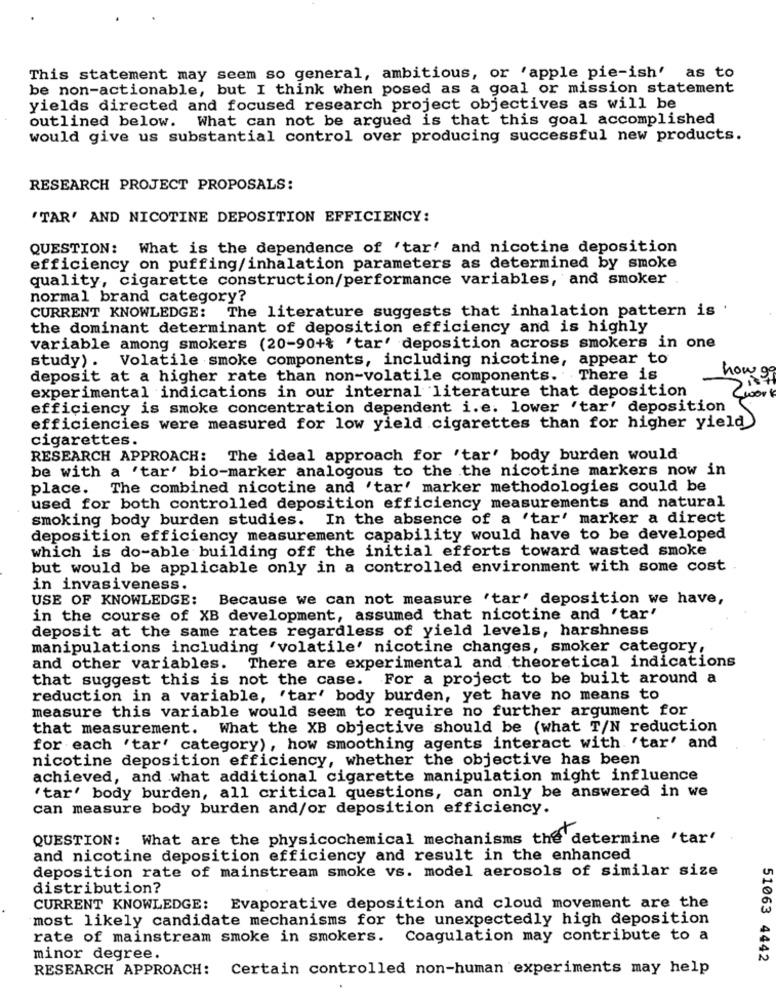
This statement may seem so general, ambitious, or 'apple pie-ish' as to
be non-actionable, but I think when posed as a goal or mission statement
yields directed and focused research project objectives as will be
outlined below. What can not be argued is that this goal accomplished
would give us substantial control over producing successful new products.
RESEARCH PROJECT PROPOSALS:
'TAR' AND NICOTINE DEPOSITION EFFICIENCY:
QUESTION: What is the dependence of 'tar' and nicotine deposition
efficiency on puffing/inhalation parameters as determined by smoke
quality, cigarette construction/performance variables, and smoker .
normal brand category?
CURRENT KNOWLEDGE: The literature suggests that inhalation pattern is .
the dominant determinant of deposition efficiency and is highly
variable among smokers (20-90+% 'tar' deposition across smokers in one
study). Volatile smoke components, including nicotine, appear to
deposit at a higher rate than non-volatile components. There is
how 99
experimental indications in our internal literature that deposition
wort
efficiency is smoke concentration dependent i.e. lower 'tar' deposition
efficiencies were measured for low yield cigarettes than for higher yield
cigarettes.
RESEARCH APPROACH: The ideal approach for 'tar' body burden would
be with a 'tar' bio-marker analogous to the the nicotine markers now in
place. The combined nicotine and 'tar' marker methodologies could be
used for both controlled deposition efficiency measurements and natural
smoking body burden studies. In the absence of a 'tar' marker a direct
deposition efficiency measurement capability would have to be developed
which is do-able building off the initial efforts toward wasted smoke
but would be applicable only in a controlled environment with some cost
in invasiveness.
USE OF KNOWLEDGE:
Because we can not measure 'tar' deposition we have,
in the course of XB development, assumed that nicotine and 'tar'
deposit at the same rates regardless of yield levels, harshness
manipulations including "volatile' nicotine changes, smoker category,
and other variables. There are experimental and theoretical indications
that suggest this is not the case. For a project to be built around a
reduction in a variable, 'tar' body burden, yet have no means to
measure this variable would seem to require no further argument for
that measurement. What the XB objective should be (what T/N reduction
for each 'tar' category), how smoothing agents interact with 'tar' and
nicotine deposition efficiency, whether the objective has been
achieved, and what additional cigarette manipulation might influence
'tar' body burden, all critical questions, can only be answered in we
can measure body burden and/or deposition efficiency.
QUESTION: What are the physicochemical mechanisms the determine 'tar'
and nicotine deposition efficiency and result in the enhanced
deposition rate of mainstream smoke vs. model aerosols of similar size
distribution?
CURRENT KNOWLEDGE: Evaporative deposition and cloud movement are the
most likely candidate mechanisms for the unexpectedly high deposition
rate of mainstream smoke in smokers.
Coagulation may contribute to a
minor degree.
51063 4442
RESEARCH APPROACH: Certain controlled non-human experiments may help